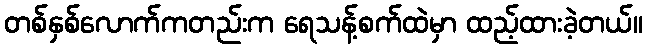
တစ်နှစ်လောက်ကတည်းက ရေသန့်စက်ထဲမှာ ထည့်ထားခဲ့တယ်။